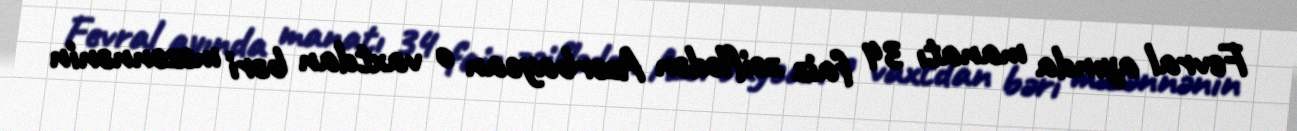
Fevral ayında manatı 34 faiz zəiflədən Azərbaycan o vaxtdan bəri məzənnənin